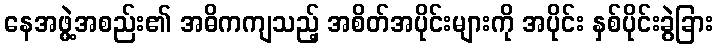
နေအဖွဲ့အစည်း၏ အဓိကကျသည့် အစိတ်အပိုင်းများကို အပိုင်း နှစ်ပိုင်းခွဲခြား